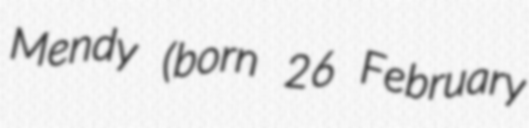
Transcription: Mendy (born 26 February